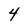
Character: 4